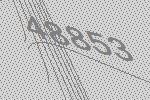
48853